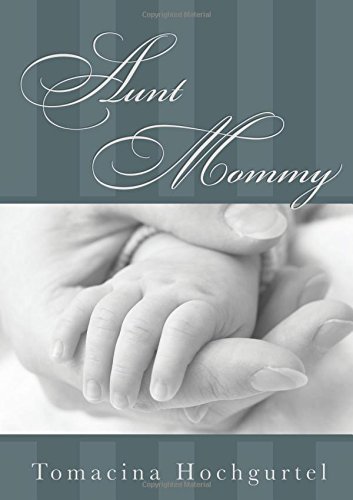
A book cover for Aunt Mommy; Tomacina Hochgurtel; Health, Fitness & Dieting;